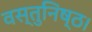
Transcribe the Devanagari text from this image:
वस्तुनिष्ठ।